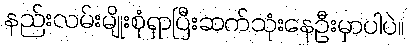
နည်းလမ်းမျိုးစုံရှာပြီးဆက်သုံးနေဦးမှာပါပဲ။